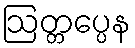
ဩတ္တပ္ပေန